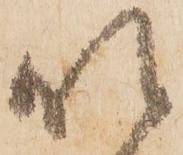
以